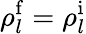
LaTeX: \rho_{l}^{\mathrm f}=\rho_{l}^{\mathrm i}